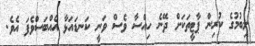
ލިބުމުގެ ކުރިން ޕާޓީތަކަަށް ދޭނެ ހިއްސާ ވެސް ވަނީ ކަނޑައަޅާ އެއްބަސްވެފަ އެވެ.